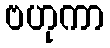
ဗဟုကာ